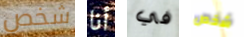
شخص أنا في شخص